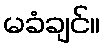
မခံချင်။